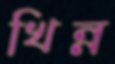
খিন্ন